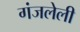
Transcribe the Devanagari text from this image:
गंजलेली